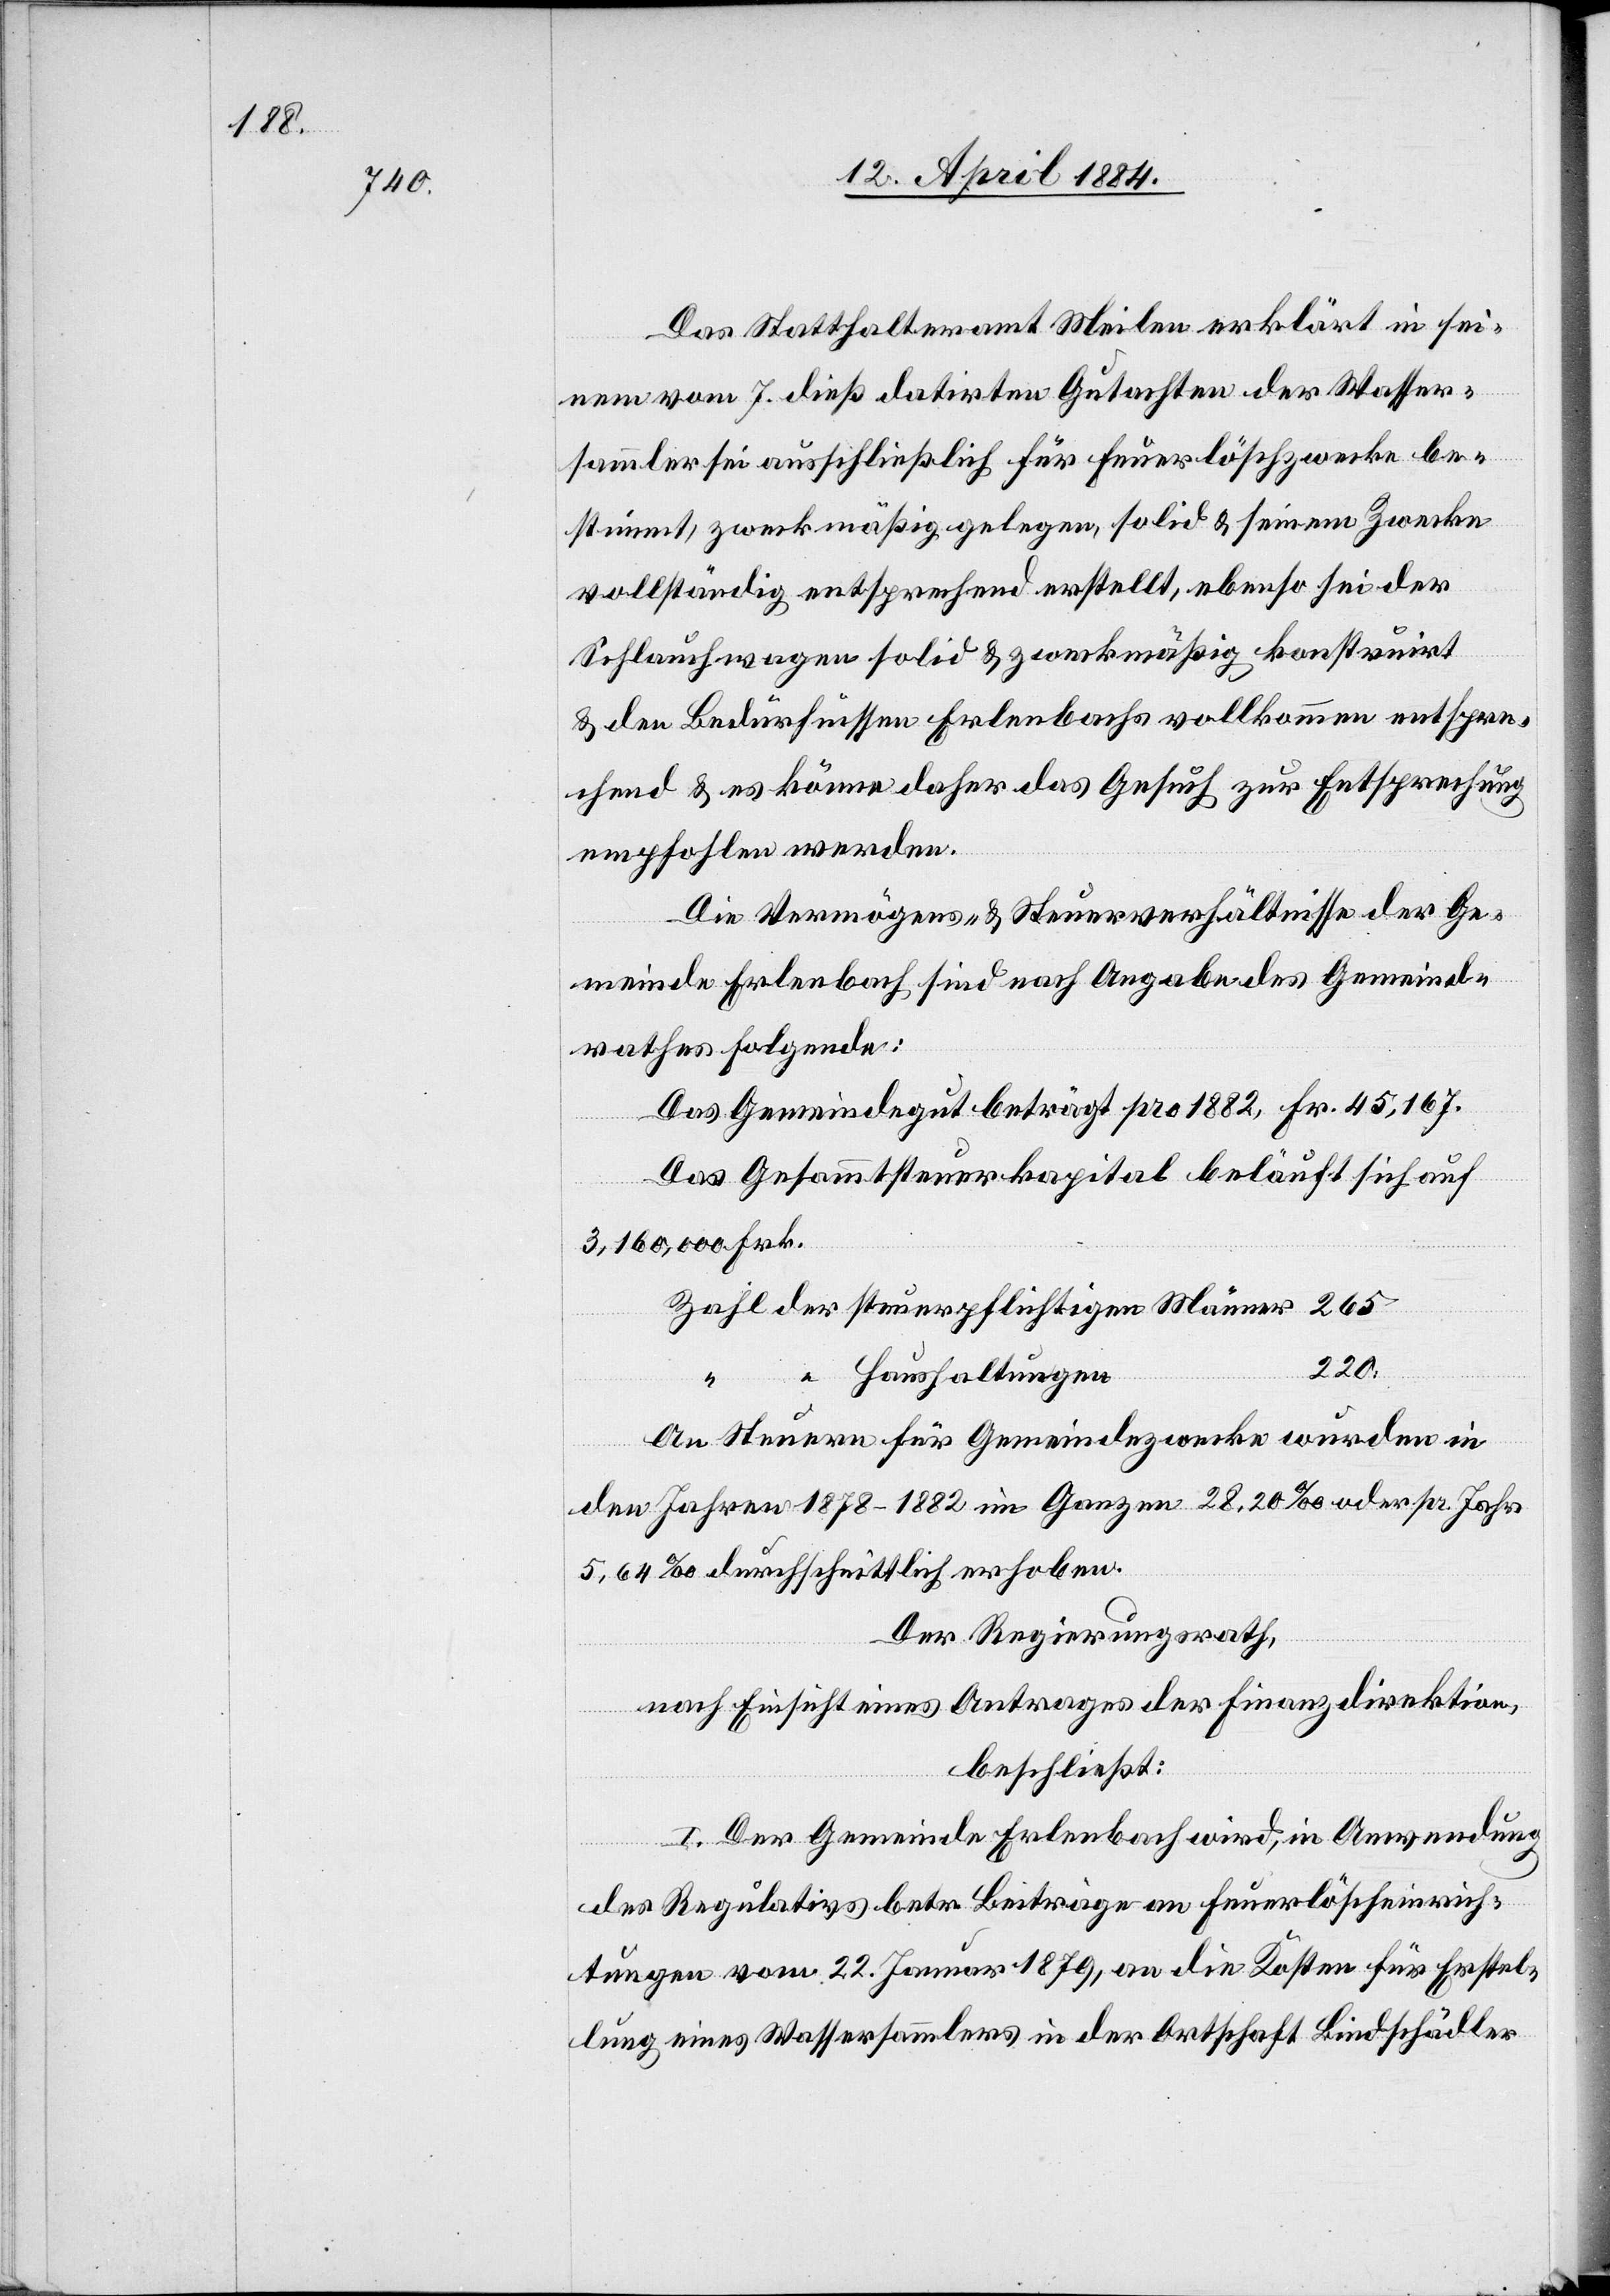
Das Statthalteramt Meilen erklärt in sei¬
nem vom 7. dieß datirten Gutachten der Wasser¬
sammler sei ausschließlich für Feuerlöschzwecke be¬
stimmt, zweckmäßig gelegen, solid & seinem Zwecke
vollständig entsprechend erstellt, ebenso sei der
Schlauchwagen solid & zweckmäßig konstruirt
& den Bedürfnissen Erlenbachs vollkommen entspre¬
chend & es könne daher das Gesuch zur Entsprechung
empfohlen werden.
Die Vermögens- & Steuerverhältnisse der Ge¬
meinde Erlenbach sind nach Angaben des Gemeind¬
rathes folgende:
Das Gemeindegut beträgt pro 1882, Fr. 45,467.
Das Gesammtsteuerkapital beläuft sich auf
3,160,000 Frk.
220.
der
Haushaltungen
An Steuern für Gemeindezwecke wurden in
den Jahren 1878–1882 im Ganzen 28,20‰ oder pr. Jahr
5,64‰ durchschnittlich erhoben.
Der Regierungsrath,
nach Einsicht eines Antrages der Finanzdirektion,
beschließt:
I. Der Gemeinde Erlenbach wird, in Anwendung
des Rekurses betr. Beiträge an Feuerlöscheinrich¬
tungen vom 22. Januar 1879, an die Kosten für Erstel¬
lung eines Wassersammlers in der Ortschaft Bindschädler